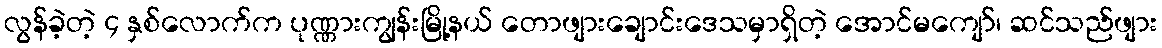
လွန်ခဲ့တဲ့ ၄ နှစ်လောက်က ပုဏ္ဏားကျွန်းမြို့နယ် တောဖျားချောင်းဒေသမှာရှိတဲ့ အောင်မကျော်၊ ဆင်သည်ဖျား